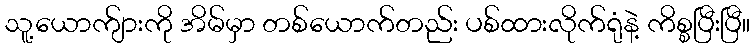
သူ့ယောက်ျားကို အိမ်မှာ တစ်ယောက်တည်း ပစ်ထားလိုက်ရုံနဲ့ ကိစ္စပြီးပြီ။